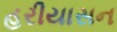
હરીયાસન